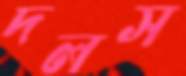
দলস